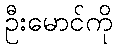
ဦးမောင်ကို